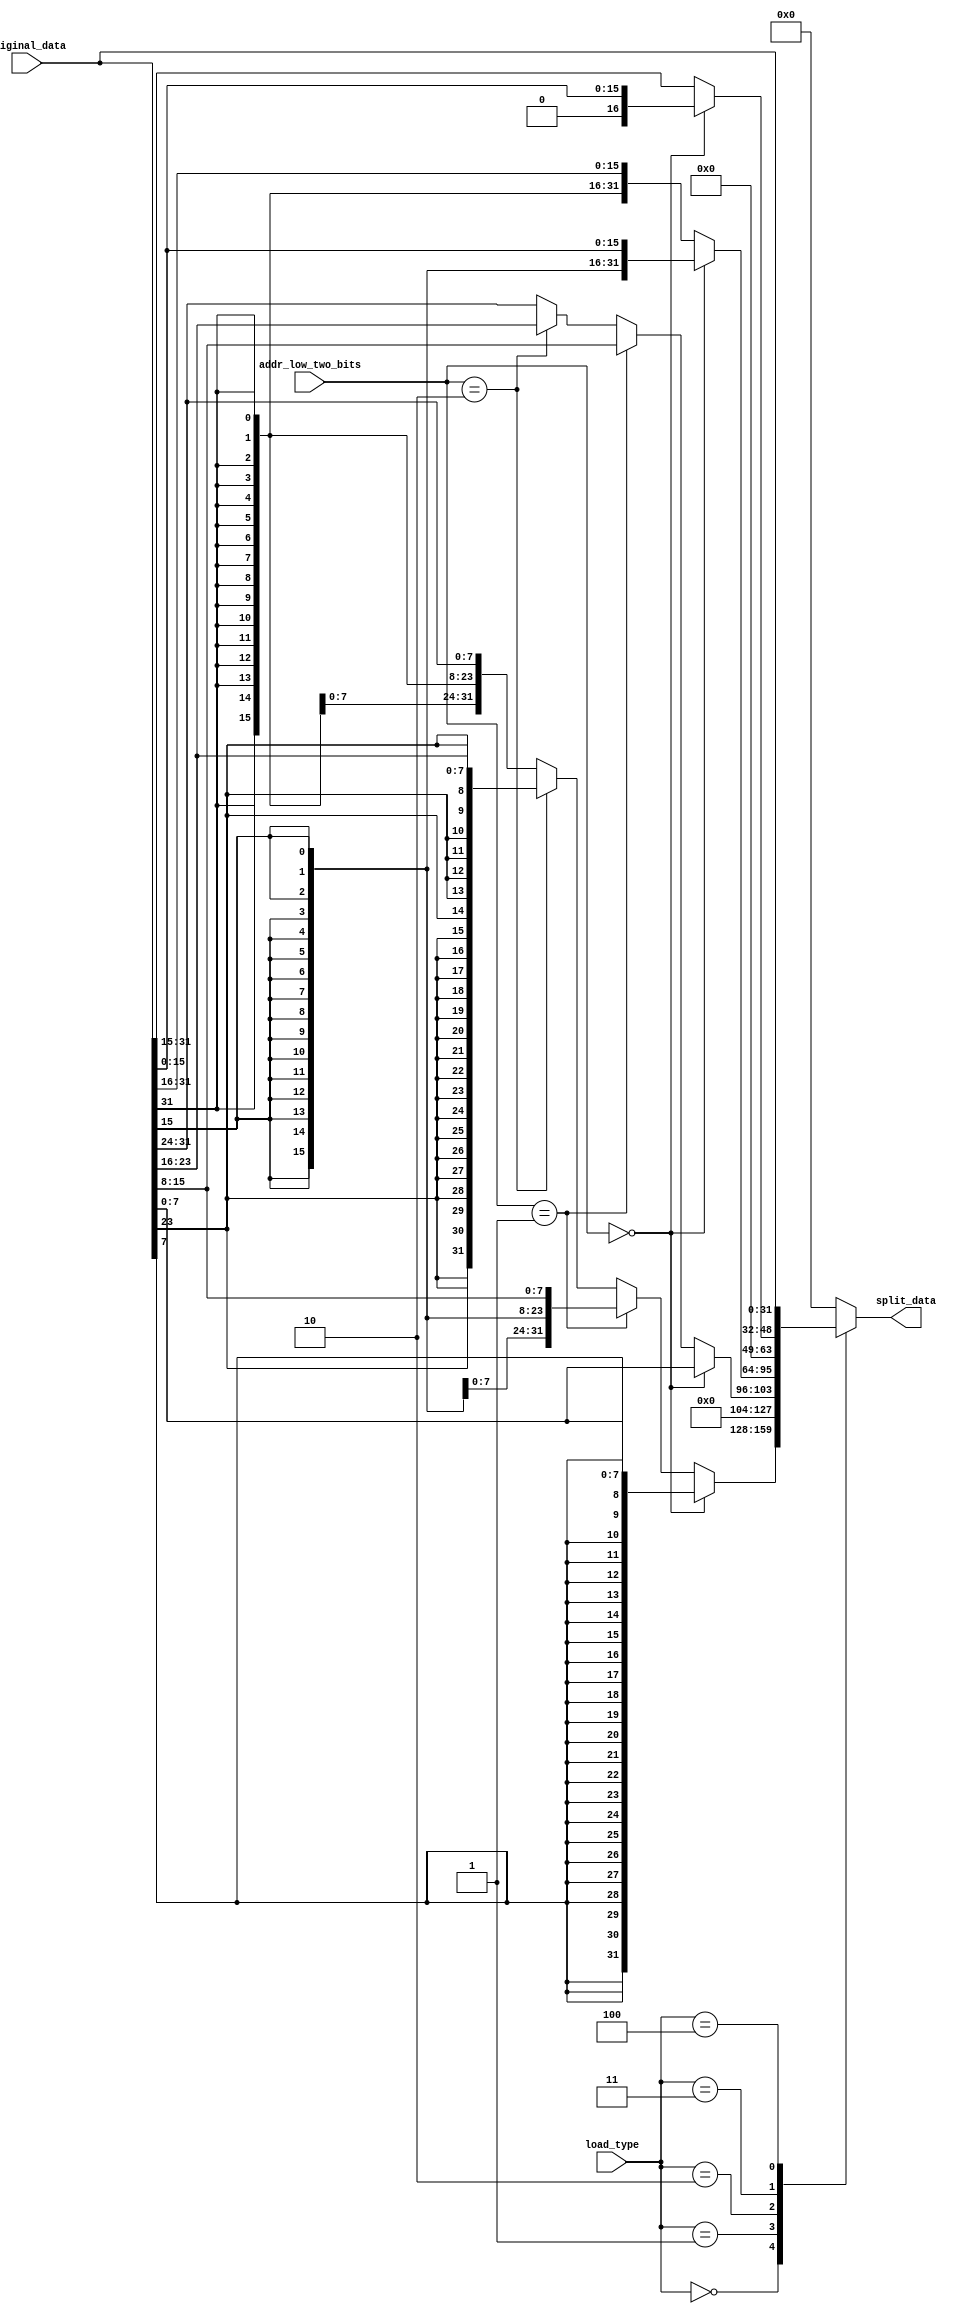
`timescale 1ns / 1ps
//////////////////////////////////////////////////////////////////////////////////
// Company: 
// Engineer: 
// 
// Design Name: 
// Module Name:    split_word_load 
// Project Name: 
// Target Devices: 
// Tool versions: 
// Description: 
//
// Dependencies: 
//
// Revision: 
// Revision 0.01 - File Created
// Additional Comments: 
//
//////////////////////////////////////////////////////////////////////////////////
module split_word_load(
    input [31:0] original_data,
    input [2:0] load_type,
    input [1:0] addr_low_two_bits,
    output reg [31:0] split_data
);

    parameter LOAD_LB = 3'd0;
    parameter LOAD_LBU = 3'd1;
    parameter LOAD_LH = 3'd2;
    parameter LOAD_LHU = 3'd3;
    parameter LOAD_LW = 3'd4;

    always @(*)
    begin
        case(load_type)
            LOAD_LB:
            begin
                if (addr_low_two_bits == 2'b00)
                    split_data = $signed(original_data[7:0]);
                else if (addr_low_two_bits == 2'b01)
                    split_data = $signed(original_data[15:8]);
                else if (addr_low_two_bits == 2'b10)
                    split_data = $signed(original_data[23:16]);
                else
                    split_data = $signed(original_data[31:24]);
            end    
            LOAD_LBU:
            begin
                if (addr_low_two_bits == 2'b00)
                    split_data = original_data[7:0];
                else if (addr_low_two_bits == 2'b01)
                    split_data = original_data[15:8];
                else if (addr_low_two_bits == 2'b10)
                    split_data = original_data[23:16];
                else
                    split_data = original_data[31:24];
            end
            LOAD_LH:
            begin
                if (addr_low_two_bits == 2'b00)
                    split_data = $signed(original_data[15:0]);
                else    // addr_low_two_bits == 2'b10 
                    split_data = $signed(original_data[31:16]);
            end
            LOAD_LHU:
            begin
                if (addr_low_two_bits == 2'b00)
                    split_data = original_data[15:0];
                else
                    split_data = original_data[31:15];
            end
            LOAD_LW:
                split_data = original_data;
            default: split_data = 32'b0;
        endcase
    end
endmodule